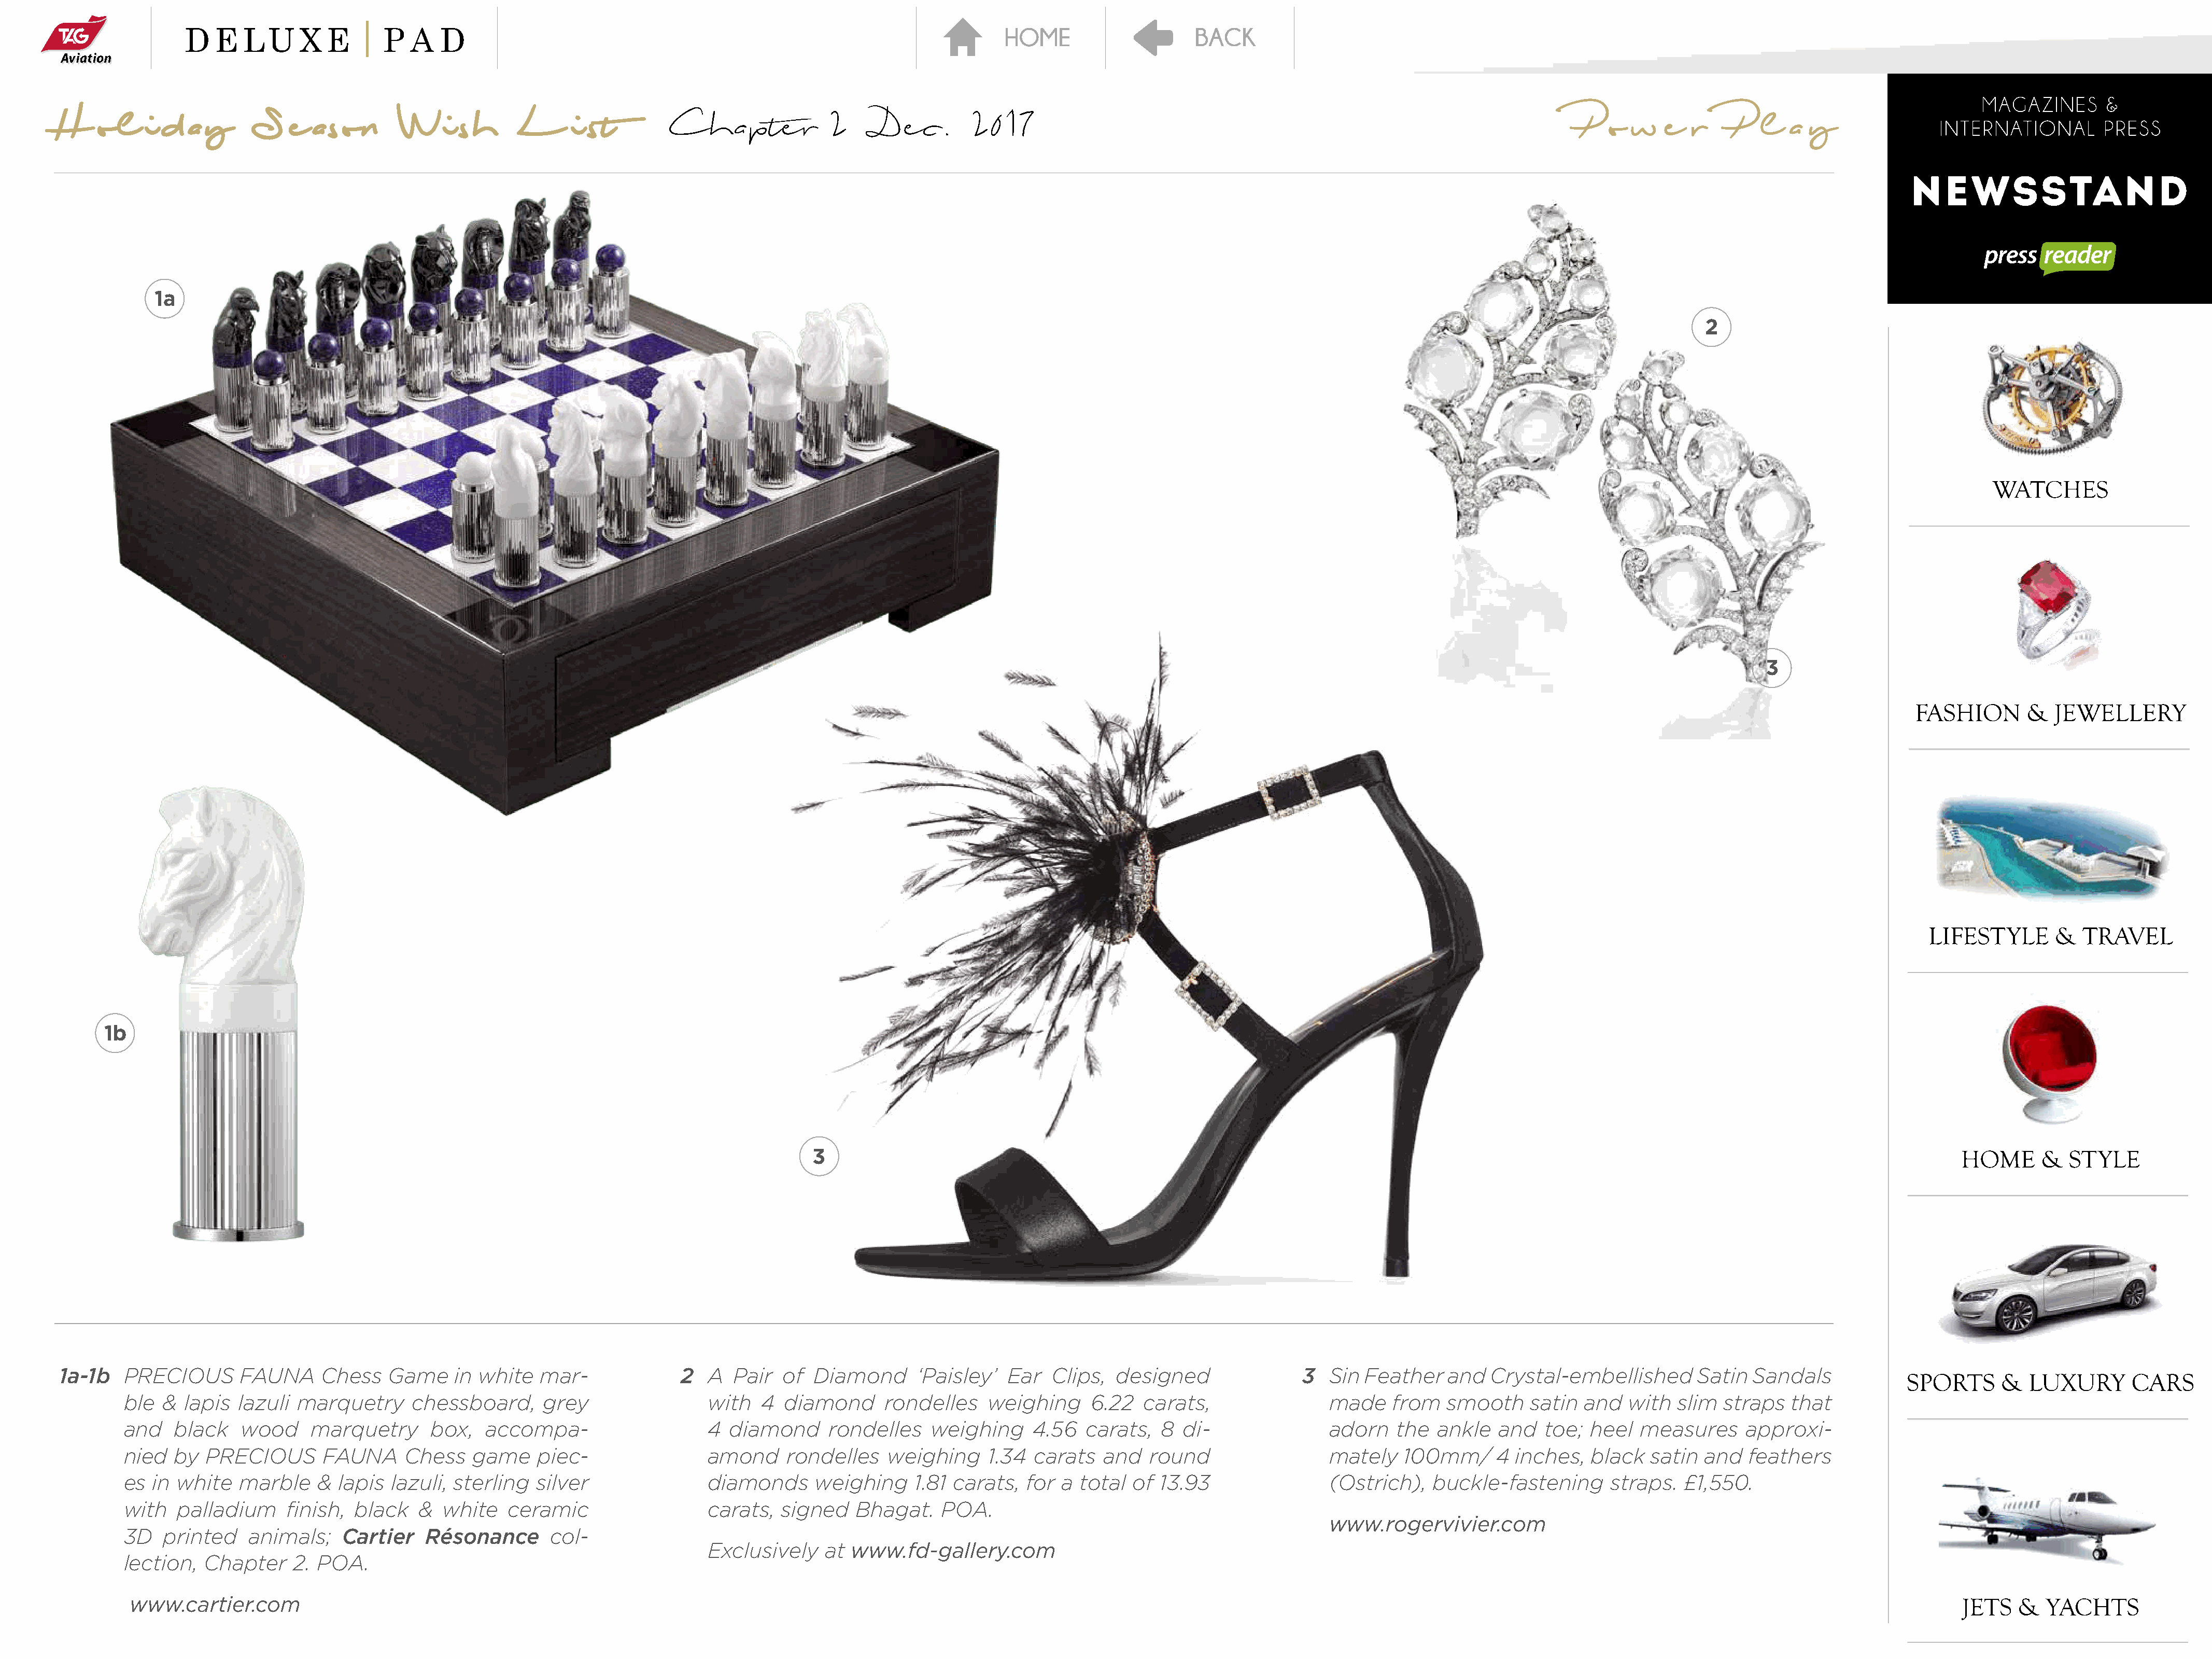
H    ol    i  d  a y     S    e  ason       Wi      sh     L      i st        Chapter              2     Dec.        2017                                                                         P   o  w   e   r    P   l  a  y
 1a
 2
 3
 1b
 3
 1a-1b   PRECIOUS       FAUNA     Chess    Game    in white   mar-              2  A   Pair  of  Diamond      ‘Paisley’   Ear  Clips,   designed               3   Sin Feather    and  Crystal-embellished        Satin  Sandals
 ble  &  lapis lazuli  marquetry      chessboard,     grey                 with   4  diamond      rondelles    weighing     6.22   carats,                 made    from   smooth    satin  and   with  slim  straps   that
 and   black    wood     marquetry      box,   accompa-                    4  diamond      rondelles    weighing     4.56   carats,  8  di-                adorn   the   ankle  and   toe;  heel  measures      approxi-
 nied  by  PRECIOUS       FAUNA      Chess   game     piec-                amond     rondelles    weighing     1.34  carats   and   round                  mately   100mm/      4  inches,  black   satin  and  feathers
 es in  white   marble   &  lapis  lazuli, sterling  silver                diamonds      weighing     1.81 carats,  for  a total  of 13.93                 (Ostrich),   buckle-fastening       straps.  £1,550.
 with   palladium     finish, black   &  white    ceramic                  carats,   signed   Bhagat.    POA.
 www.rogervivier.com
 3D   printed    animals;    Cartier   Résonance       col-
 Exclusively    at  www.fd-gallery.com
 lection,  Chapter    2. POA.
 www.cartier.com